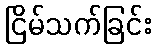
ငြိမ်သက်ခြင်း